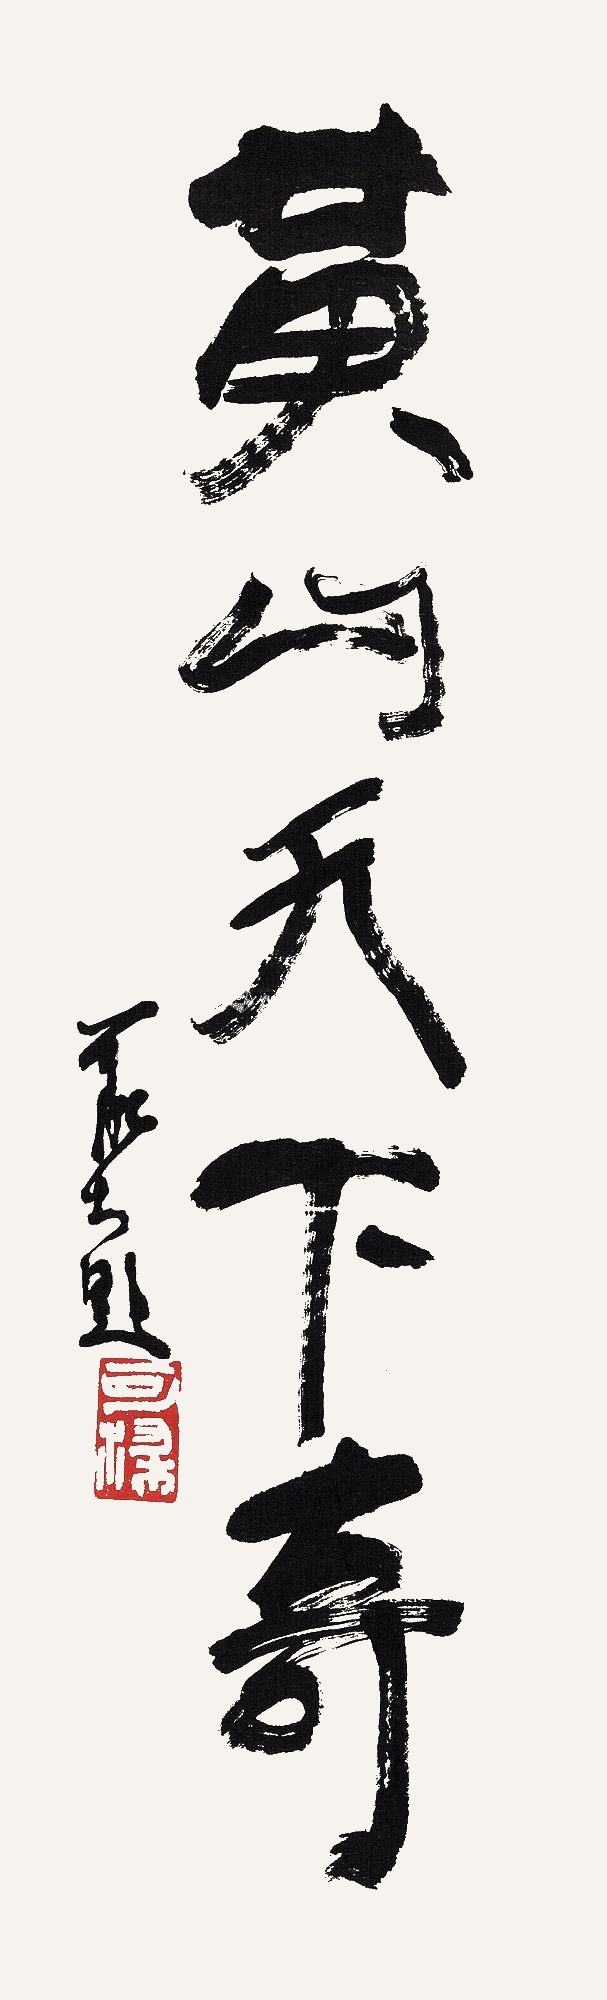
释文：黄山天下奇可染题。